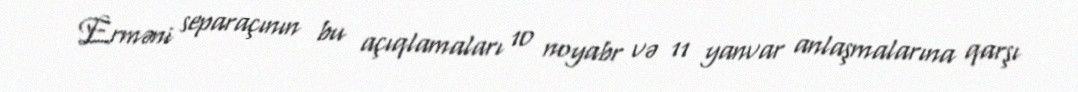
Erməni separaçının bu açıqlamaları 10 noyabr və 11 yanvar anlaşmalarına qarşı